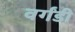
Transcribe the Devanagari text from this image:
वर्गंडी